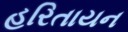
હરિતાયન